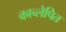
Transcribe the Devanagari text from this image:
काच्लेपित